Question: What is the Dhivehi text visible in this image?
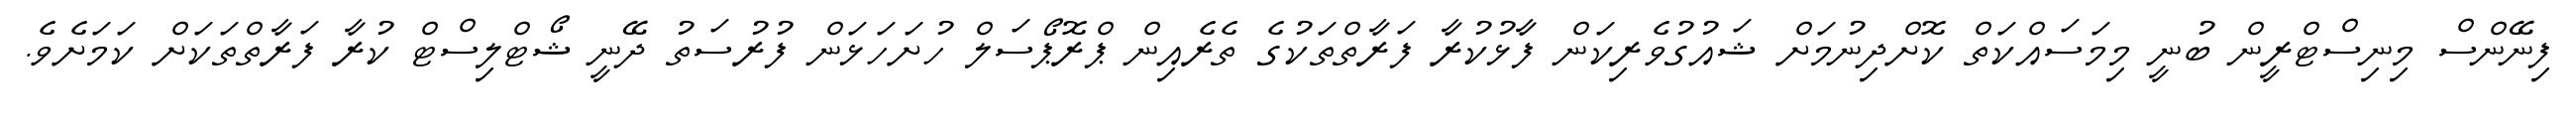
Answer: ފިނޭންސް މިނިސްޓްރީން ބުނީ މިމަސައްކަތް ކޮށްދިނުމަށް ޝައުގުވެރިކަން ފާޅުކުރާ ފަރާތްތަކުގެ ތެރެއިން ޕްރޮޕޯސަލް ހުށަހަޅަން ފުރުސަތު ދޭނީ ޝޯޓްލިސްޓް ކުރާ ފަރާތްތަކަށް ކަމަށެވެ.